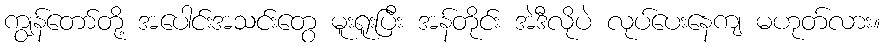
ကျွန်တော်တို့ အပေါင်းအသင်းတွေ မူးရူးပြီး အန်တိုင်း အဲဒီလိုပဲ လုပ်ပေးနေကျ မဟုတ်လား။